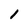
Character: I